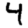
Digit: 4